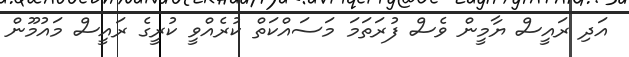
އަދި ރައީސް ޔާމީން ވެސް ފުރަތަމަ މަސައްކަތް ކުރެއްވީ ކުރީގެ ރައީސް މައުމޫން